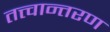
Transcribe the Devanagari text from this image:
तत्त्वान्तरण